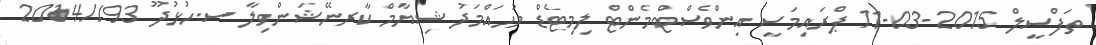
ތަފްސީލް 2015-03-11 ޕްރައިމަސީ އިންވެސްޓްމެންޓް ލިމިޓެޑް މުހައްމަދު ޝިޔާމް ކާރނޭޝަންވިލާ ސ.ހުޅުދޫ 93//2014